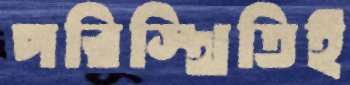
পরিস্থিতিই